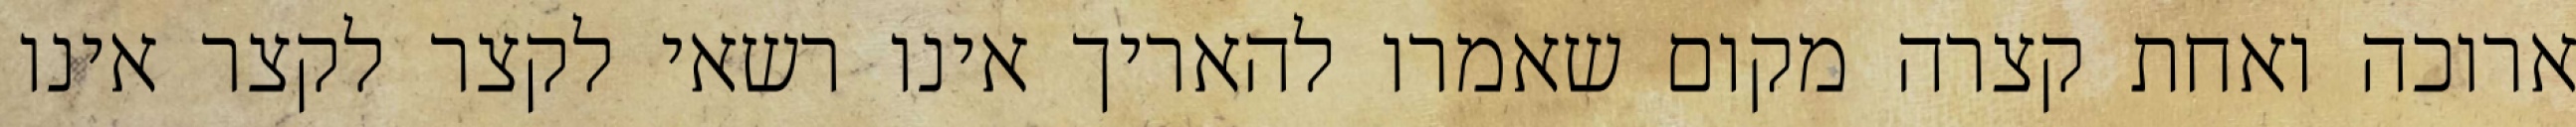
ארוכה ואחת קצרה מקום שאמרו להאריך אינו רשאי לקצר לקצר אינו